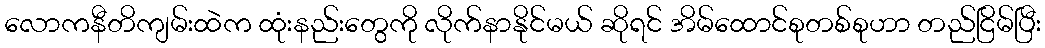
လောကနီတိကျမ်းထဲက ထုံးနည်းတွေကို လိုက်နာနိုင်မယ် ဆိုရင် အိမ်ထောင်စုတစ်စုဟာ တည်ငြိမ်ပြီး